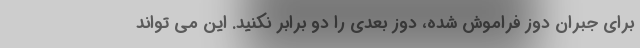
برای جبران دوز فراموش شده، دوز بعدی را دو برابر نکنید. این می تواند